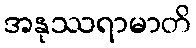
အနုဿရာမာတိ